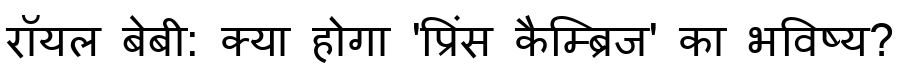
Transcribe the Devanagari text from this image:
रॉयल बेबी: क्या होगा 'प्रिंस कैम्ब्रिज' का भविष्य?